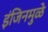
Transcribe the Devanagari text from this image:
इंजिनमुळे